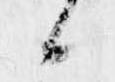
候